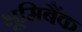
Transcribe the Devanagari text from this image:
भूमिबैंक